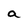
Character: a